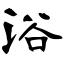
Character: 浴